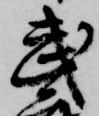
武